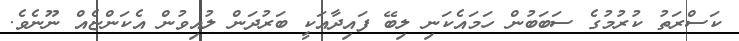
ކަސްރަތު ކުރުމުގެ ސަބަބުން ހަމައެކަނި ލިބޭ ފައިދާއަކީ ބަރުދަން ލުއިވުން އެކަންޏެއް ނޫނެވެ.